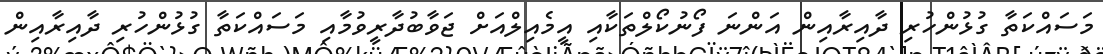
މަސައްކަތާ ގުޅުންހުރި ދާއިރާއިން އަންނަ ފޯނުކޯލްތަކާއި އީމެއިލްއަށް ޖަވާބުދާރީވުމާއި މަސައްކަތާ ގުޅުންހުރި ދާއިރާއިން